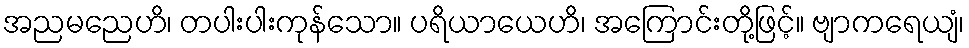
အညမညေဟိ၊ တပါးပါးကုန်သော။ ပရိယာယေဟိ၊ အကြောင်းတို့ဖြင့်။ ဗျာကရေယျံ၊